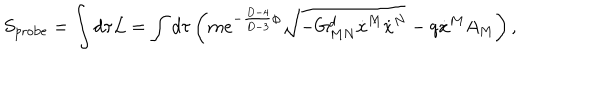
S _ { \mathrm { p r o b e } } = \int d \tau { \cal L } = \int d \tau \left( m e ^ { - { \frac { D - 4 } { D - 3 } } \phi } \sqrt { - G _ { M N } ^ { d } \dot { x } ^ { M } \dot { x } ^ { N } } - q \dot { x } ^ { M } A _ { M } \right) ,